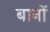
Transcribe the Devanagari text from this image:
बानों